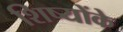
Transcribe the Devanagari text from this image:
शिष्योंके